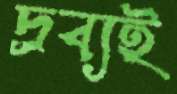
দ্রব্যই